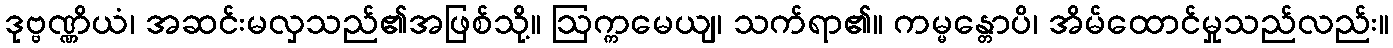
ဒုဗ္ဗဏ္ဏိယံ၊ အဆင်းမလှသည်၏အဖြစ်သို့။ ဩက္ကမေယျ၊ သက်ရာ၏။ ကမ္မန္တောပိ၊ အိမ်ထောင်မှုသည်လည်း။